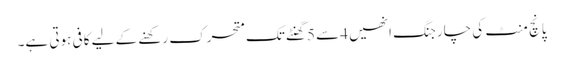
پانچ منٹ کی چارجنگ انھیں 4سے 5گھنٹے تک متحرک رکھنے کے لیے کافی ہوتی ہے۔